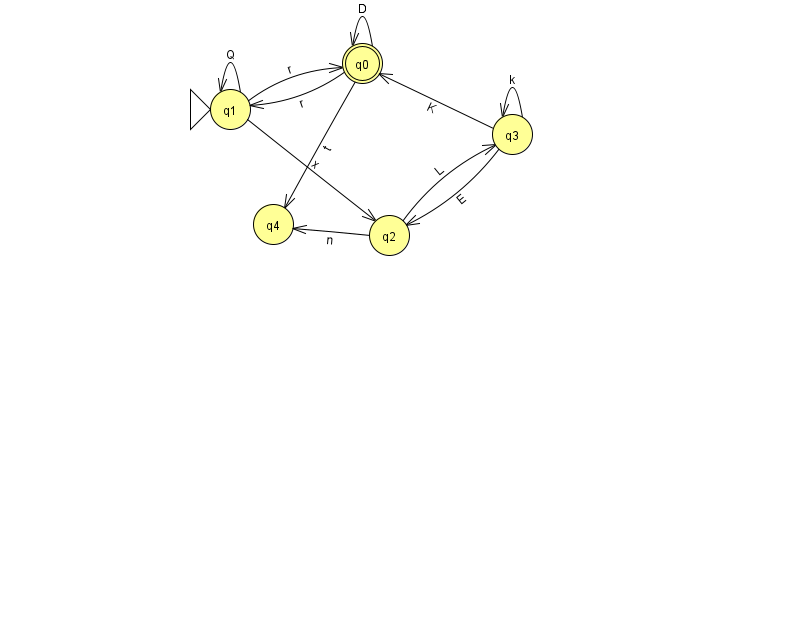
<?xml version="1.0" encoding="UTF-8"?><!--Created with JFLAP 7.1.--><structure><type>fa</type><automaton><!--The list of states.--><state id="0" name="q0"><x>362.0</x><y>50.0</y><final/></state><state id="1" name="q1"><x>230.0</x><y>96.0</y><initial/></state><state id="2" name="q2"><x>389.0</x><y>222.0</y></state><state id="3" name="q3"><x>512.0</x><y>121.0</y></state><state id="4" name="q4"><x>273.0</x><y>211.0</y></state><!--The list of transitions.--><transition><from>0</from><to>4</to><read>t</read></transition><transition><from>3</from><to>2</to><read>E</read></transition><transition><from>1</from><to>1</to><read>Q</read></transition><transition><from>0</from><to>0</to><read>D</read></transition><transition><from>0</from><to>1</to><read>r</read></transition><transition><from>1</from><to>0</to><read>r</read></transition><transition><from>2</from><to>4</to><read>n</read></transition><transition><from>2</from><to>3</to><read>L</read></transition><transition><from>3</from><to>3</to><read>k</read></transition><transition><from>1</from><to>2</to><read>x</read></transition><transition><from>3</from><to>0</to><read>K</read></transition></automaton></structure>